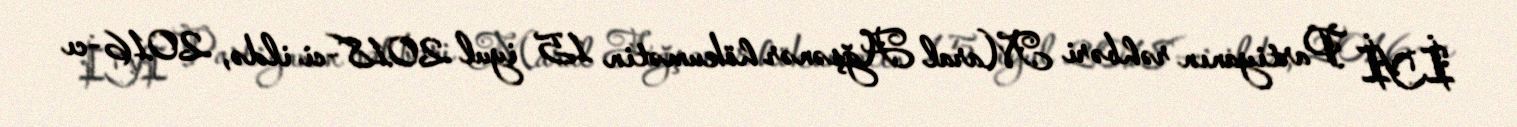
İYİ Partiyanın rəhbəri Maral Ağşənər hökumətin 15 iyul 2018-ci ildə, 2016-cı